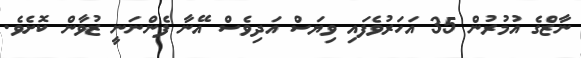
ނާޒްގެ އުމުރުން 35 އަހަރުވެފައި ވިޔަސް އަދިވެސް އޭނާ ފެންނަނީ ޒުވާން ކޮށެވެ.